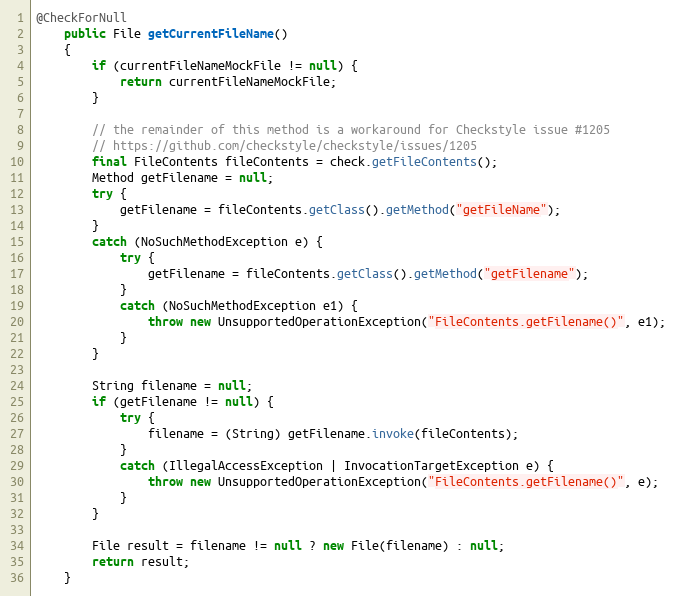
Language: Java
@CheckForNull
    public File getCurrentFileName()
    {
        if (currentFileNameMockFile != null) {
            return currentFileNameMockFile;
        }

        // the remainder of this method is a workaround for Checkstyle issue #1205
        // https://github.com/checkstyle/checkstyle/issues/1205
        final FileContents fileContents = check.getFileContents();
        Method getFilename = null;
        try {
            getFilename = fileContents.getClass().getMethod("getFileName");
        }
        catch (NoSuchMethodException e) {
            try {
                getFilename = fileContents.getClass().getMethod("getFilename");
            }
            catch (NoSuchMethodException e1) {
                throw new UnsupportedOperationException("FileContents.getFilename()", e1);
            }
        }

        String filename = null;
        if (getFilename != null) {
            try {
                filename = (String) getFilename.invoke(fileContents);
            }
            catch (IllegalAccessException | InvocationTargetException e) {
                throw new UnsupportedOperationException("FileContents.getFilename()", e);
            }
        }

        File result = filename != null ? new File(filename) : null;
        return result;
    }